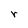
Character: r